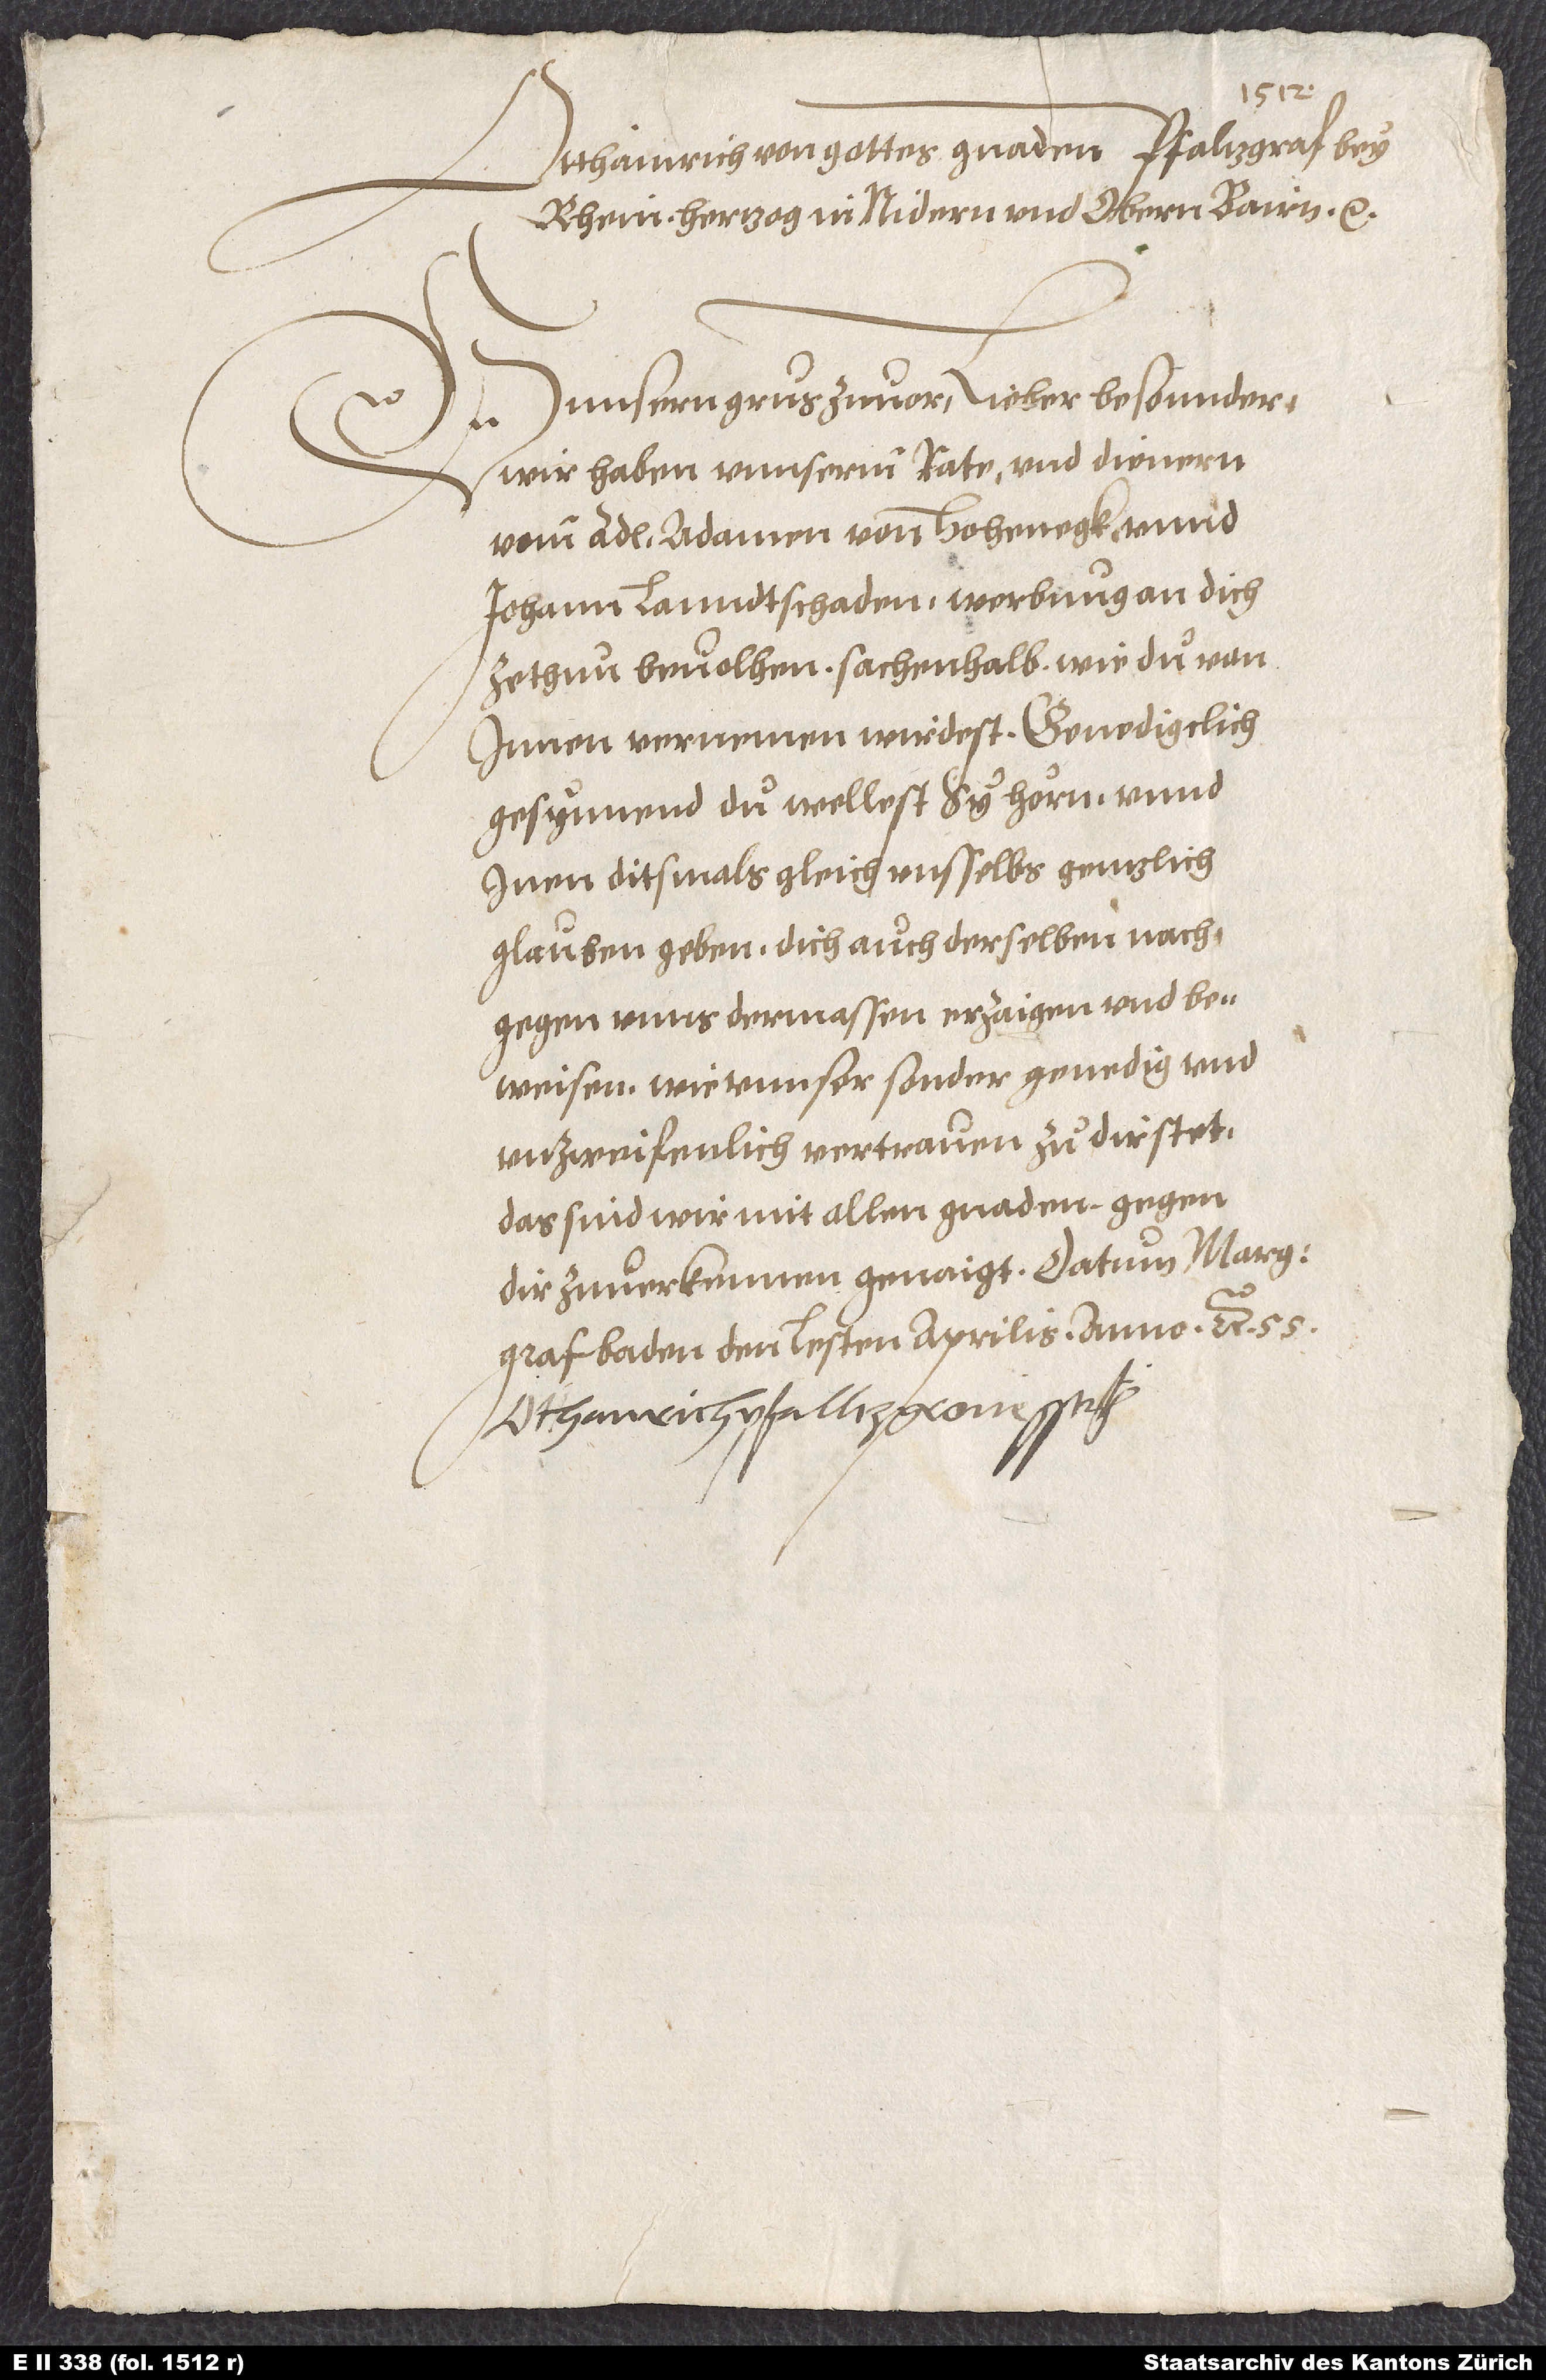
Otthainrich, von gottes gnaden pfaltzgraf bey
Rhein, hertzog in Nidern und Obern Bairn etc.
Unnsern grus zu vor, lieber besonnder,
wir haben unnserm rate und dienern
vom adl Adamen von Hohenegk unnd
Johann Landtschaden werbung an dich
ze thun bevolhen, sachen halb, wie du von
innen vernemen wirdest, genedigelich
gesynnend, du wellest sy hörn unnd
inen ditsmals gleich uns selbs gentzlich
glauben geben, dich auch derselben nach
gegen unns dermassen erzaigen und
beweisen, wie unnser sonder genedig und
unzweifenlich vertrauen zu dir stat.
Das sind wir mit allen gnaden gegen
dir zu verkennen genaigt. Datum Margraf